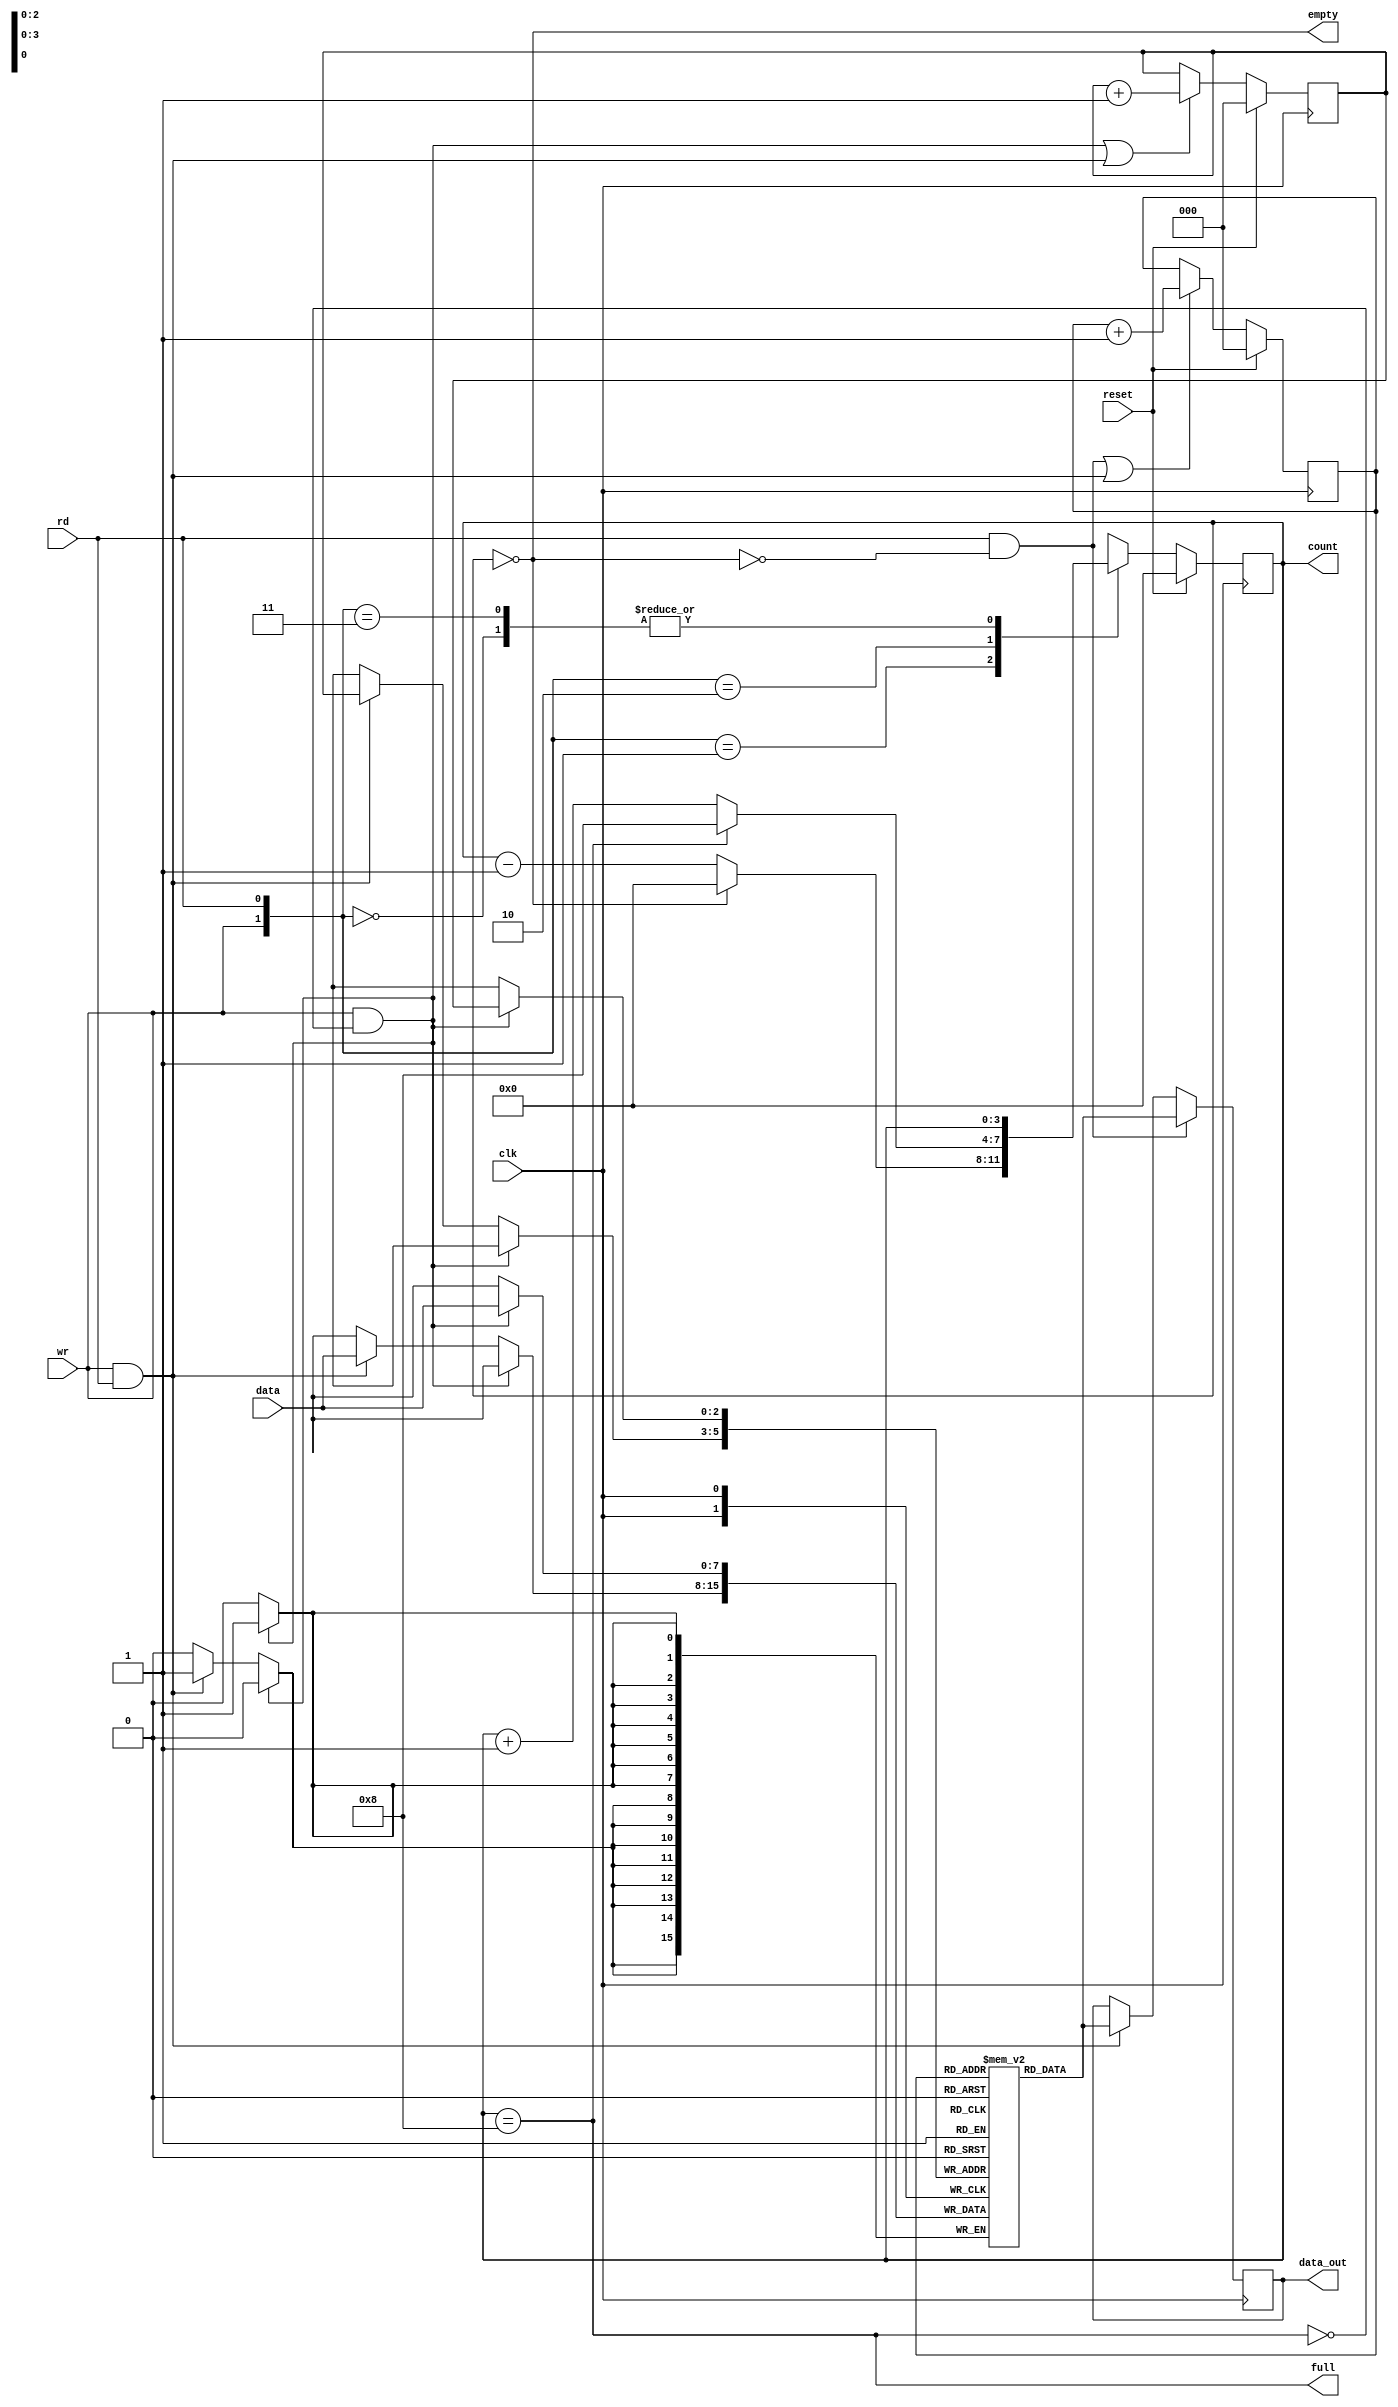
module SYNC_FIFO (
    input [7:0] data, 
    input clk, reset, rd, wr,
    output empty, full, 
    output reg [3:0]count,
    output reg [7:0] data_out);

    reg [7:0] fifo_ram [0:7];
    reg [2:0] read_ptr, write_ptr;
    assign empty= (count==0);
    assign full =(count==8);
    
    always @(posedge clk) 
        begin
            if (wr && ! full)
                fifo_ram [write_ptr] <= data;
            else if (wr && rd)
                fifo_ram [write_ptr] <= data;
            end

//Read and Write Clock
    always @ (posedge clk) 
        begin
            if (rd && !empty)
                data_out <= fifo_ram [read_ptr];
            else if (rd && wr)
                data_out <= fifo_ram [read_ptr];
        end

//pointer block 
    always @(posedge clk) 
    begin
        if (reset) begin
            write_ptr <= 0;
            read_ptr <= 0;
        end 
        else begin
            write_ptr <= ((wr && ! full) || (wr && rd)) ? write_ptr + 1 : write_ptr;
            read_ptr <= ((rd && !empty) || (wr && rd)) ? read_ptr + 1 : read_ptr;
        end
    end

//counter
    always @(posedge clk) 
        begin
            if (reset) 
                count <= 0;
            else begin
                case ({wr, rd})
                2'b00: count <= count;
                2'b01: count <= (count == 0) ? 0: count - 1;
                2'b10: count <= (count == 8) ? 8: count + 1;
                2'b11 : count <= count;
                default: count <= count;
                endcase
            end
        end
endmodule

/**************************************************
P1.1 FIFO
************************************************/
module FIFO( clk, rst, buf_in, buf_out, wr_en, rd_en, buf_empty, buf_full, fifo_counter );

input                 rst, clk, wr_en, rd_en;   
input [7:0]           buf_in;                   
output[7:0]           buf_out;                  
output                buf_empty, buf_full;      
output[3 :0] fifo_counter;             

reg[7:0]              buf_out;
reg                   buf_empty, buf_full;
reg[3 :0]    fifo_counter;
reg[3 -1:0]  rd_ptr, wr_ptr;           
reg[7:0]              buf_mem[7 : 0];   

always @(fifo_counter)
begin
   buf_empty = (fifo_counter==0);
   buf_full = (fifo_counter== 8);

end

always @(posedge clk or posedge rst)
begin
   if( rst )
       fifo_counter <= 0;

   else if( (!buf_full && wr_en) && ( !buf_empty && rd_en ) )
       fifo_counter <= fifo_counter;

   else if( !buf_full && wr_en )
       fifo_counter <= fifo_counter + 1;

   else if( !buf_empty && rd_en )
       fifo_counter <= fifo_counter - 1;
   else
      fifo_counter <= fifo_counter;
end

always @( posedge clk or posedge rst)
begin
   if( rst )
      buf_out <= 0;
   else
   begin
      if( rd_en && !buf_empty )
         buf_out <= buf_mem[rd_ptr];

      else
         buf_out <= buf_out;

   end
end

always @(posedge clk)
begin

   if( wr_en && !buf_full )
      buf_mem[ wr_ptr ] <= buf_in;

   else
      buf_mem[ wr_ptr ] <= buf_mem[ wr_ptr ];
end

always@(posedge clk or posedge rst)
begin
   if( rst )
   begin
      wr_ptr <= 0;
      rd_ptr <= 0;
   end
   else
   begin
      if( !buf_full && wr_en )    wr_ptr <= wr_ptr + 1;
          else  wr_ptr <= wr_ptr;

      if( !buf_empty && rd_en )   rd_ptr <= rd_ptr + 1;
      else rd_ptr <= rd_ptr;
   end

end
endmodule